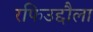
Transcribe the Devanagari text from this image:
रफिउद्दौला